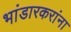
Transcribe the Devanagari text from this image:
भांडारकरांना